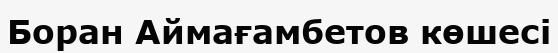
Боран Аймағамбетов көшесі